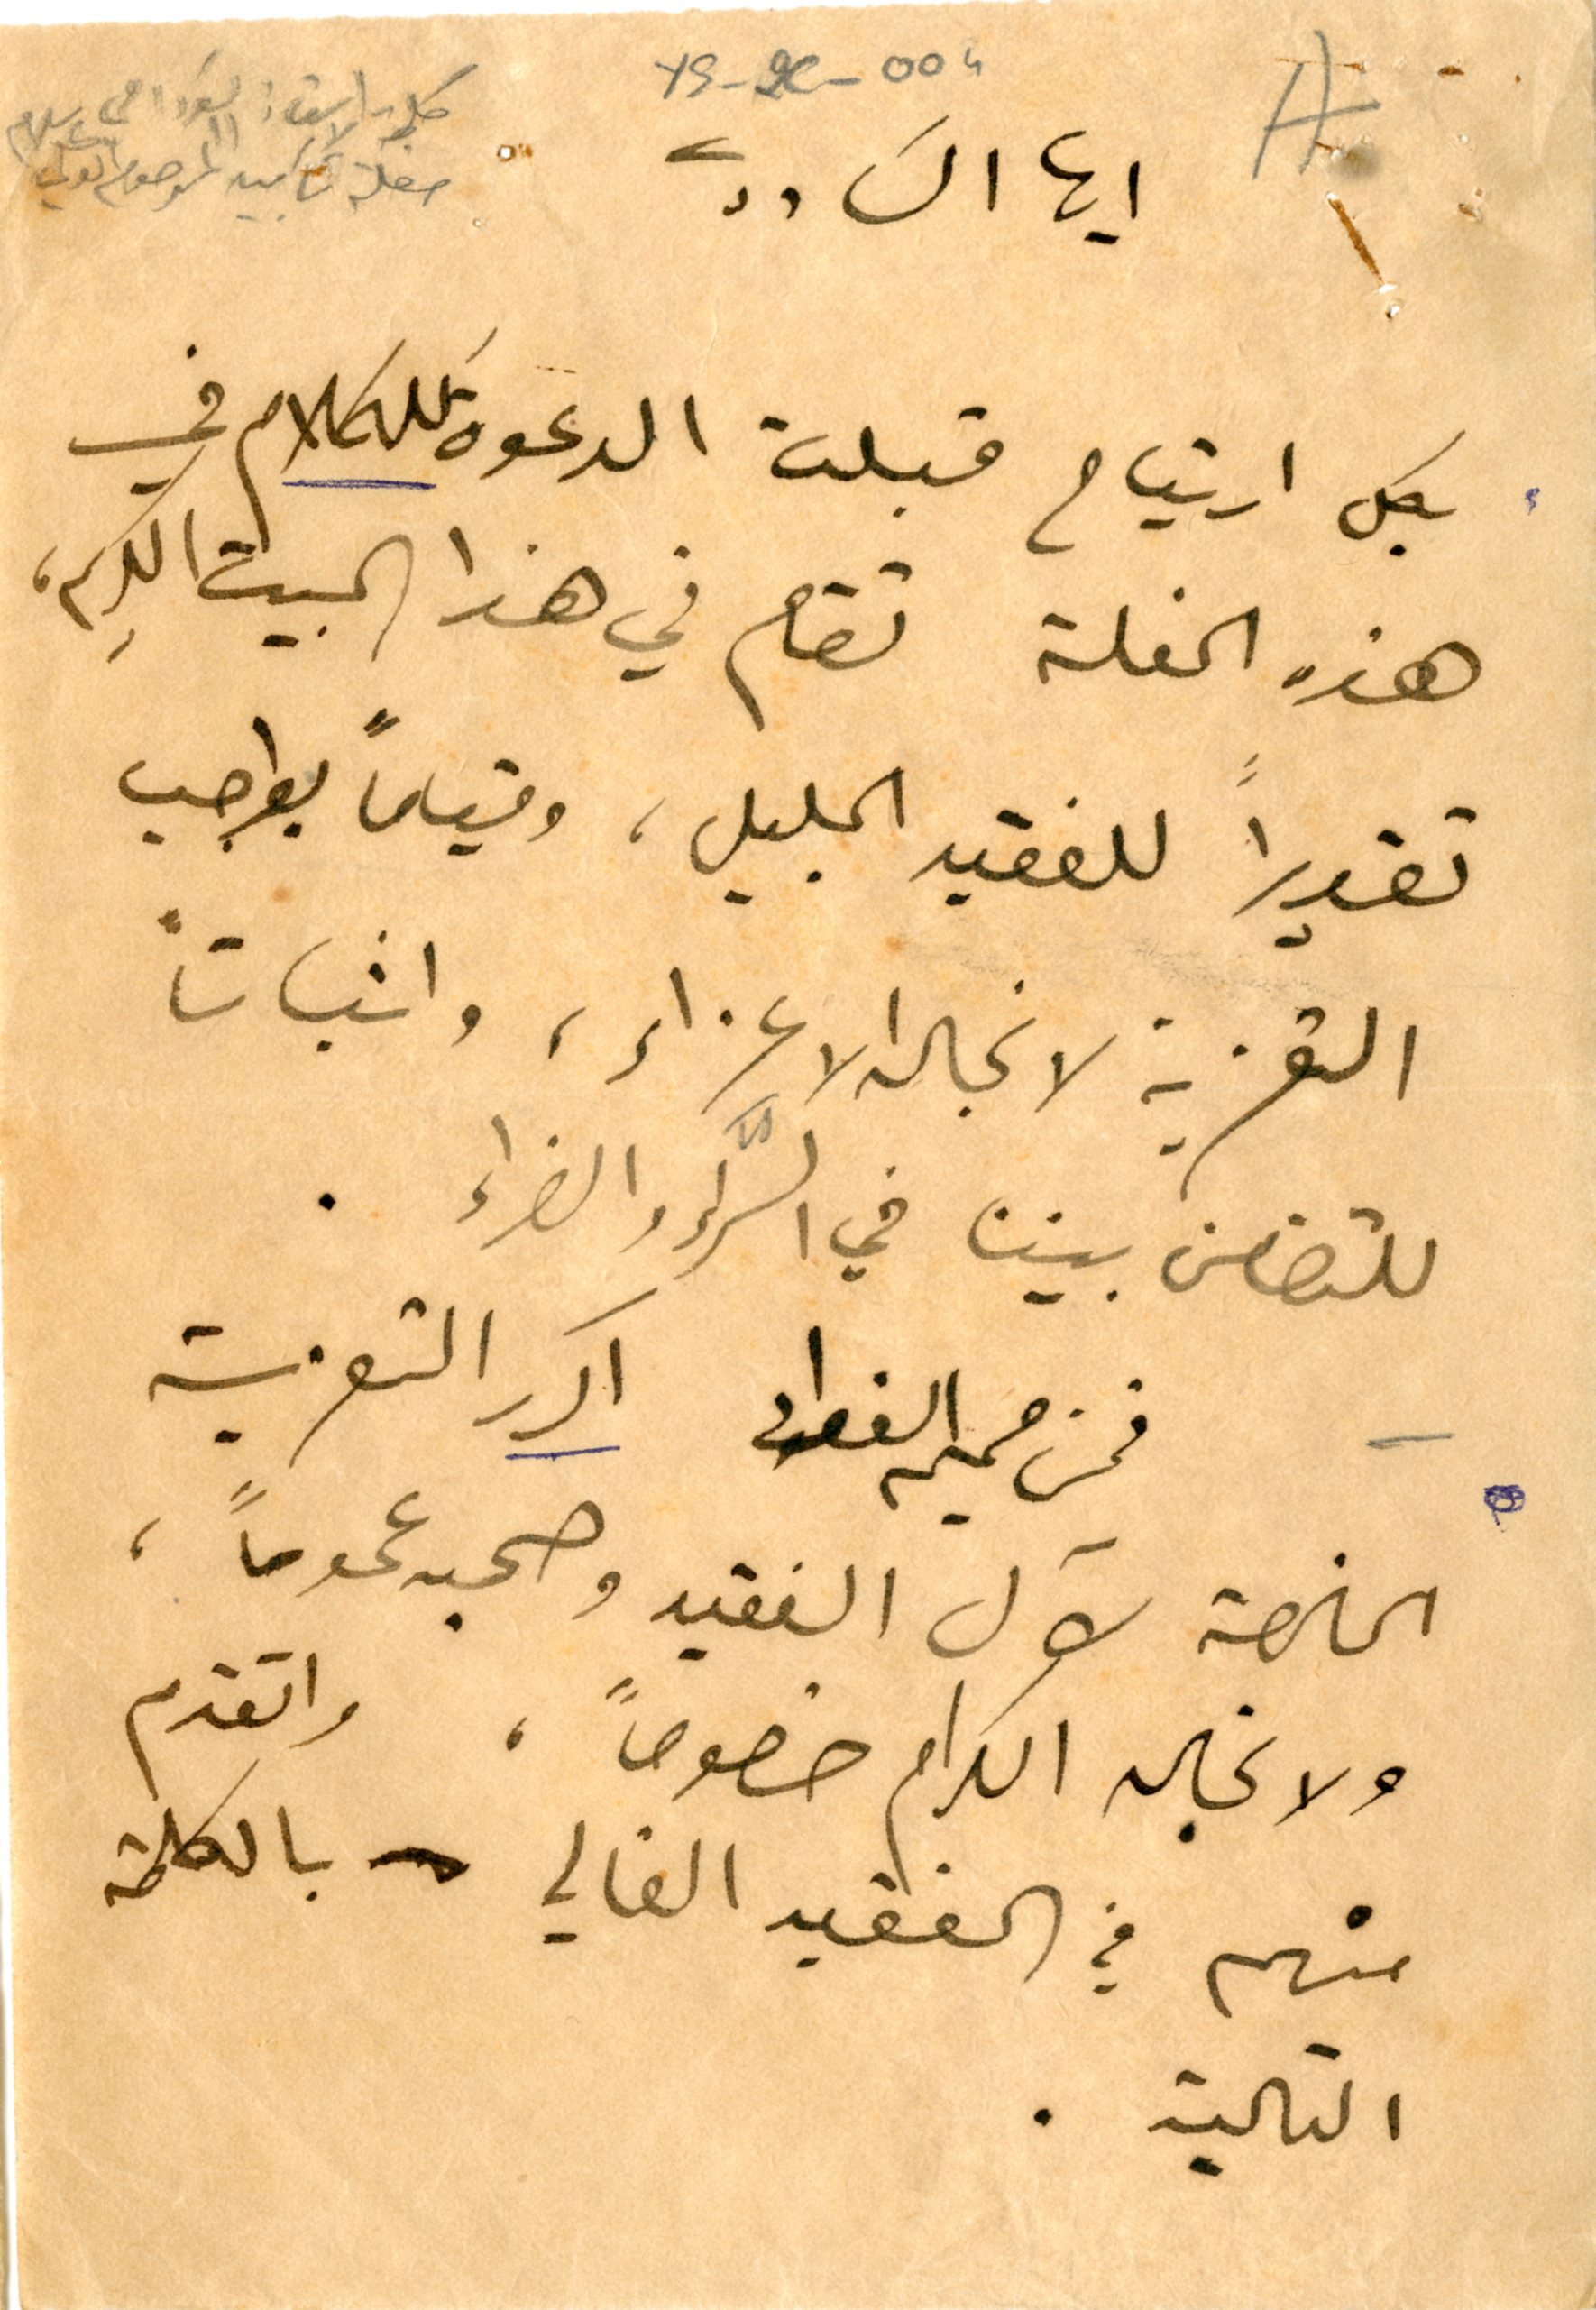
YS_2C_004 A
كلمة الاستاذ السَودا في حفلة تآبين المرحوم ابو علي سلام
ايها السادة
بكل ارتياح قبلت الدعوة لله كلام في
هذه الحفلة تقام في هذا البيت الكريم،
تقديراً للفقيد الجليل، وقياماً بواجب
التعزية لانجاله الاعزاء، واثباتاً
للتضامن بيننا في السَّراء والضراء.
فمن صميم الفواءد اكرر التعزية
الخاصة لآل الفقيد وصحبه عموماً،
ولانجاله الكرام خصوصاً، واتقدم
منهم في الفقيد الغالي بالكلمة
التالية.